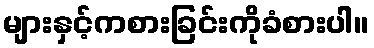
များနှင့်ကစားခြင်းကိုခံစားပါ။